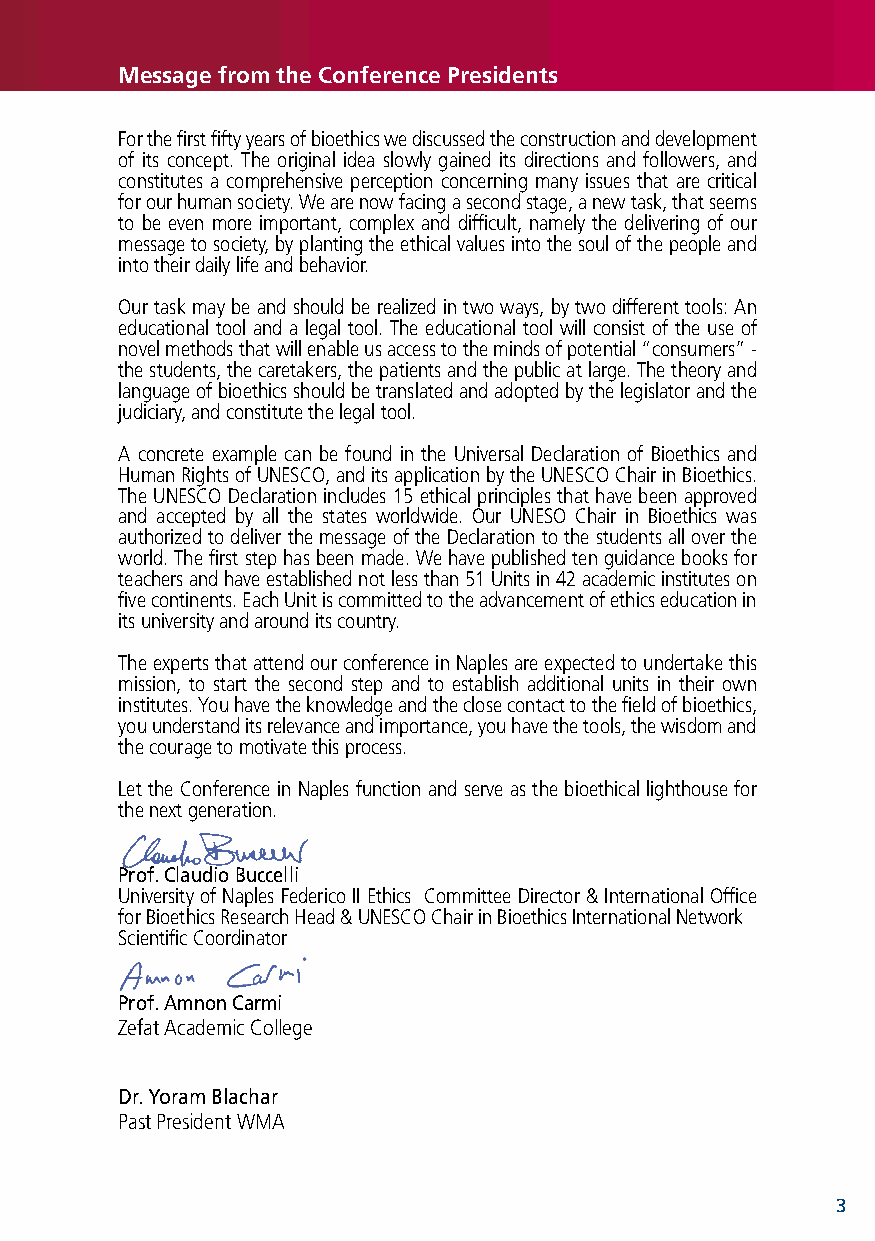
message from the Conference Presidents
 For the first fifty years of bioethics we discussed the construction and development
 of its concept. The original idea slowly gained its directions and followers, and
 constitutes a comprehensive perception concerning many issues that are critical
 for our human society. We are now facing a second stage, a new task, that seems
 to be even more important, complex and difficult, namely the delivering of our
 message to society, by planting the ethical values into the soul of the people and
 into their daily life and behavior.
 Our task may be and should be realized in two ways, by two different tools: An
 educational tool and a legal tool. The educational tool will consist of the use of
 novel methods that will enable us access to the minds of potential “consumers” -
 the students, the caretakers, the patients and the public at large. The theory and
 language of bioethics should be translated and adopted by the legislator and the
 judiciary, and constitute the legal tool.
 A concrete example can be found in the Universal Declaration of Bioethics and
 Human Rights of UNESCO, and its application by the UNESCO Chair in Bioethics.
 The UNESCO Declaration includes 15 ethical principles that have been approved
 and accepted by all the states worldwide. Our UNESO Chair in Bioethics was
 authorized to deliver the message of the Declaration to the students all over the
 world. The first step has been made. We have published ten guidance books for
 teachers and have established not less than 51 Units in 42 academic institutes on
 five continents. Each Unit is committed to the advancement of ethics education in
 its university and around its country.
 The experts that attend our conference in Naples are expected to undertake this
 mission, to start the second step and to establish additional units in their own
 institutes. You have the knowledge and the close contact to the field of bioethics,
 you understand its relevance and importance, you have the tools, the wisdom and
 the courage to motivate this process.
 Let the Conference in Naples function and serve as the bioethical lighthouse for
 the next generation.
 Prof. Claudio Buccelli
 University of Naples Federico II Ethics Committee Director & International Office
 for Bioethics Research Head & UNESCO Chair in Bioethics International Network
 Scientific Coordinator
 Prof. Amnon Carmi
 Zefat Academic College
 Dr. Yoram Blachar
 Past President WMA
 3